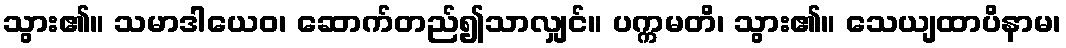
သွား၏။ သမာဒါယေဝ၊ ဆောက်တည်၍သာလျှင်။ ပက္ကမတိ၊ သွား၏။ သေယျထာပိနာမ၊